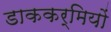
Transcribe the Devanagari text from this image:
डाककर्मियों